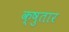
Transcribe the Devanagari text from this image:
क्षुतार